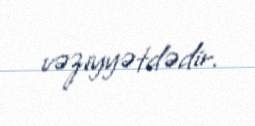
vəziyyətdədir.